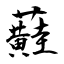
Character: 蘳